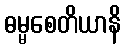
ဓမ္မစေတိယာနိ